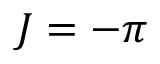
J = - \pi